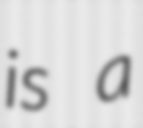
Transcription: is a